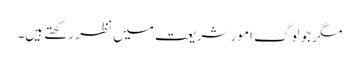
مگر جو لوگ امور شریعت میں نظر رکھتے ہیں۔